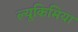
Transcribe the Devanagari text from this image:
ल्यूकिमिया